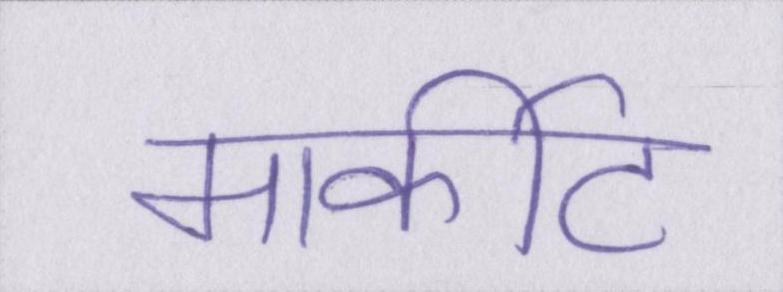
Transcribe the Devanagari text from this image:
मार्कीट